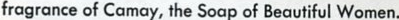
rragrance of Camay. the Soap of Beautiful Women.